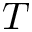
T